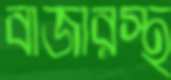
বাজারস্থ